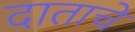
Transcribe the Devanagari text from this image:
दाताचे